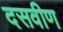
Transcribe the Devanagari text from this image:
दसवीण